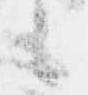
候